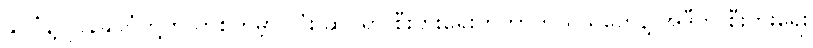
နိုင်ငံနဲ့ဂျပန်နိုင်ငံတို့က တစ်ကမ္ဘာ လုံး ဆိုင်ရာ စီးပွားရေးကိုကာကွယ်သူတွေနဲ့ အဲဒီက စီးပွားရေး